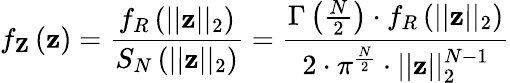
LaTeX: f_{\mathbf{Z}}\left(\mathbf{z}\right)=\frac{f_{R}\left(\lvert\lvert\mathbf{z}\rvert\rvert_{2}\right)}{S_{N}\left(\lvert\lvert\mathbf{z}\rvert\rvert_{2}\right)}=\frac{\Gamma\left(\frac{N}{2}\right)\cdot f_{R}\left(\lvert\lvert\mathbf{z}\rvert\rvert_{2}\right)}{2\cdot\pi^{\frac{N}{2}}\cdot\lvert\lvert\mathbf{z}\rvert\rvert_{2}^{N-1}}